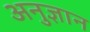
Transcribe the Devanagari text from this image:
अनुज्ञान